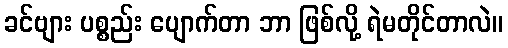
ခင်ဗျား ပစ္စည်း ပျောက်တာ ဘာ ဖြစ်လို့ ရဲမတိုင်တာလဲ။